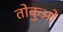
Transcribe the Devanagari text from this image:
तोकुओ